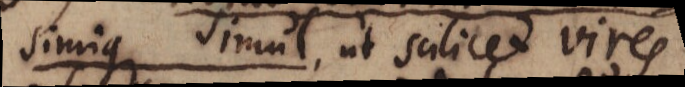
simique simul, ut scilicet vires